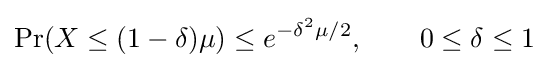
\Pr(X\leq (1-\delta )\mu )\leq e^{-\delta ^{2}\mu /2},\qquad 0\leq \delta \leq 1